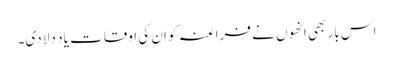
اس بار بھی انھوں نے فراعنہ کو ان کی اوقات یاد دلا دی۔